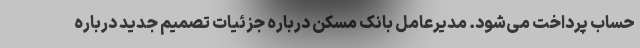
حساب پرداخت می‌شود. مدیرعامل بانک مسکن درباره جزئیات تصمیم جدید درباره